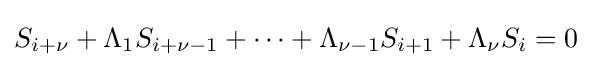
S_{i+\nu }+\Lambda _{1}S_{i+\nu -1}+\cdots +\Lambda _{\nu -1}S_{i+1}+\Lambda _{\nu }S_{i}=0